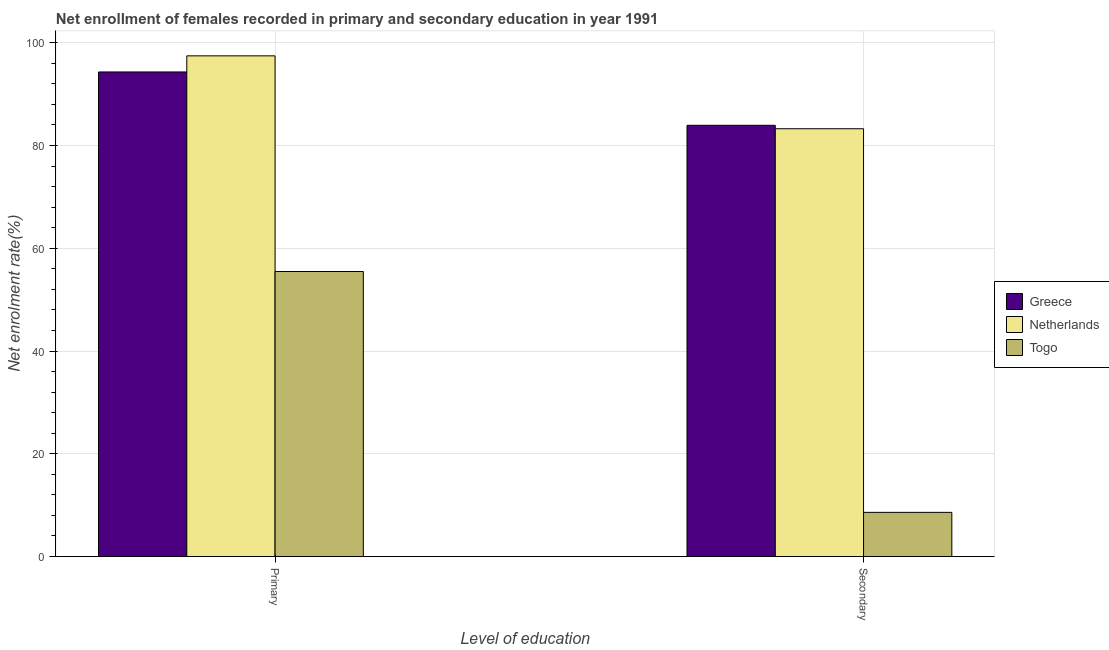
| Level of education | Greece | Netherlands | Togo |
 | --- | --- | --- | --- |
 | Primary | 94.3 | 97.4 | 55.5 |
 | Secondary | 83.9 | 83.3 | 8.59 |